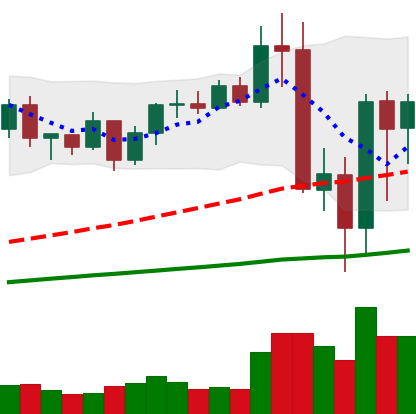
Ticker: BNB-USD
Chart end date: 2020-09-08
Forward return: 33.93%
Label: up_7plus